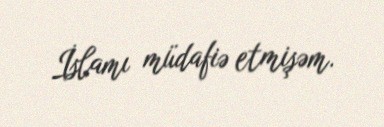
İslamı müdafiə etmişəm.